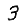
Digit: 3